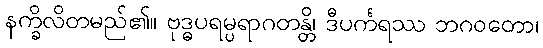
နက္ခိလိတမည်၏။ ဗုဒ္ဓပရမ္ပရာဂတန္တိ၊ ဒီပင်္ကရဿ ဘဂဝတော၊